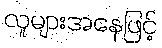
လူများအနေဖြင့်